Subject: stat
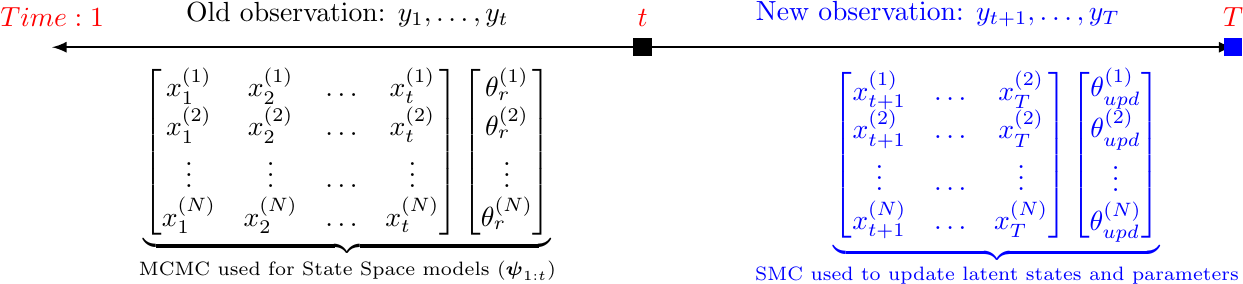
LaTeX code:
\begin{tikzpicture}
    \draw[black,thick,latex-latex] (0,0) -- (15,0)
    node[pos=0,label=above:\textcolor{red}{$Time: 1$}]{}
    node[pos=0.25,text=blue,label=below:\textcolor{black}{$ \underbrace{\begin{bmatrix}
{x}_{1}^{(1)} & {x}_{2}^{(1)} & \ldots &{x}_{t}^{(1)} \\
{x}_{1}^{(2)} & {x}_{2}^{(2)} & \ldots & {x}_{t}^{(2)} \\
\vdots & \vdots & \ldots & \vdots \\
{x}_{1}^{(N)} & {x}_{2}^{(N)} & \ldots & {x}_{t}^{(N)}
\end{bmatrix}
\begin{bmatrix}
{\theta}_{r}^{(1)} \\
{\theta}_{r}^{(2)}\\
\vdots \\
{\theta}_{r}^{(N)}
\end{bmatrix}}_{\text{MCMC used for State Space models ($\boldsymbol{\psi}_{1:t}$)} }$}]{}
node[pos=0.80,text=blue,label=below:\textcolor{blue}{
$ \underbrace{\begin{bmatrix}
x_{t +1 }^{(1)} &\ldots &x_{T}^{(2)} \\
x_{t +1}^{(2)} & \ldots & x_{T}^{(2)} \\
\vdots &  \ldots & \vdots \\
x_{t +1}^{(N)} & \ldots & x_{T}^{(N)}
\end{bmatrix}
\begin{bmatrix}
\theta_{upd}^{(1)} \\
\theta_{upd}^{(2)}\\
\vdots \\
\theta_{upd}^{(N)}
\end{bmatrix}}_{\text{SMC used to update latent states and parameters}}$}]{}
    node[pos=0.75,text=blue,label=above:\textcolor{blue}{New observation: $y_{t +1}, \ldots, y_{T}$}]{}
        node[pos=0.25,text=black,label=above:\textcolor{black}{Old observation: $y_{1}, \ldots, y_{t}$}]{}
    node[pos=0.50,fill=black,text=black,label=above:\textcolor{red}{$t$}]{}
    node[pos=1,fill=blue,text=blue,label=above:\textcolor{red}{$T$}]{};
  \end{tikzpicture}